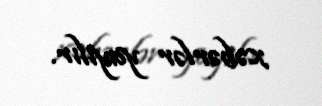
xəbərlər yayılır.